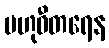
ဗဟုဓီတရေန